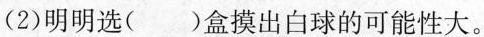
(2)明明选()盒摸出白球的可能性大。